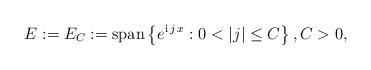
LaTeX: \begin{align*}E:=E_C:=\mbox{span}\left\{ e^{\mathrm{i}\,j\,x} : 0<\lvert j \rvert\le C \right\}, C>0,\end{align*}